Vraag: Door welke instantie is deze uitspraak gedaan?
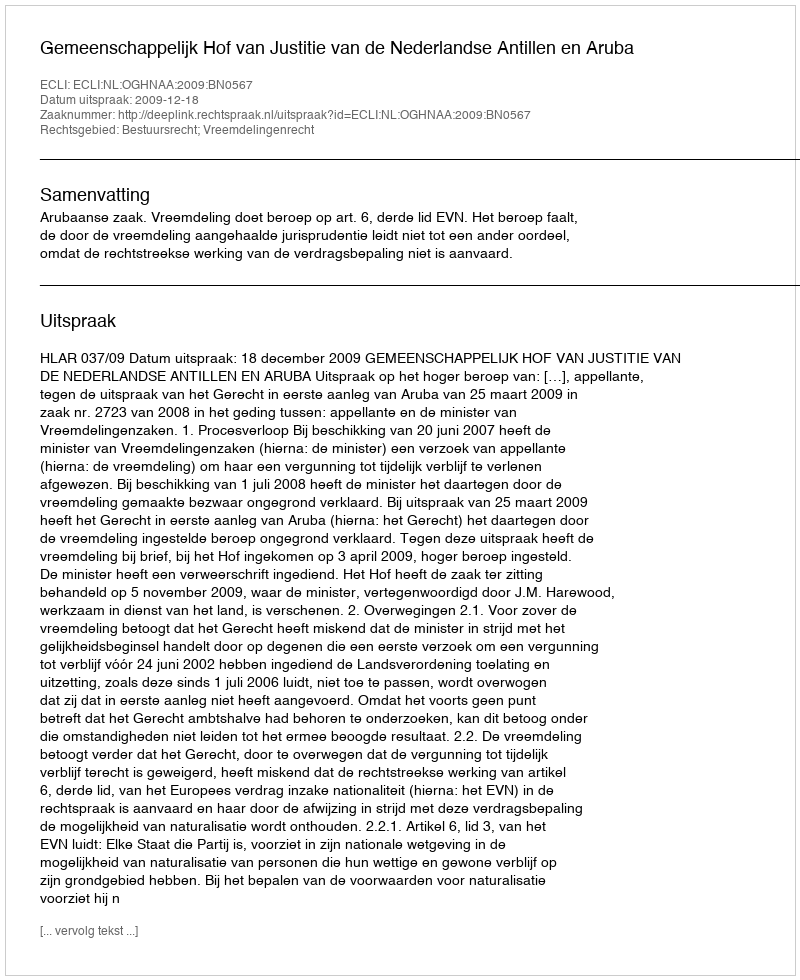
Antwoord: Gemeenschappelijk Hof van Justitie van de Nederlandse Antillen en Aruba